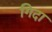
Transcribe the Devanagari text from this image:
गिदा